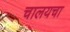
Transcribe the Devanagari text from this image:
चालयचा